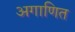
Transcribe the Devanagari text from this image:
अगाणित